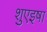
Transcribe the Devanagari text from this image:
शुएइषा